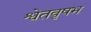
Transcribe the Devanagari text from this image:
श्वेतवृषभ